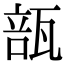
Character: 瓿